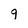
Character: 9